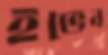
ইভেন